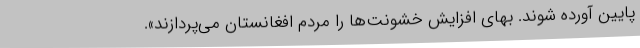
پایین آورده شوند. بهای افزایش خشونت‌ها را مردم افغانستان می‌پردازند».